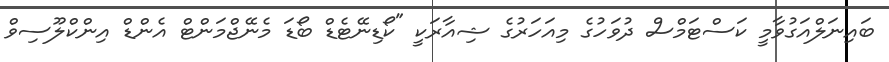
ބައިނަލްއަގުވާމީ ކަސްޓަމްސް ދުވަހުގެ މިއަހަރުގެ ޝިއާރަކީ "ކޯޑިނޭޓެޑް ބޯޑަ މެނޭޖްމަންޓް އެންޑް އިންކްލޫސިވް